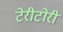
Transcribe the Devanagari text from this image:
टेरीटोरी